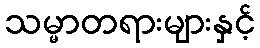
သမ္မာတရားများနှင့်